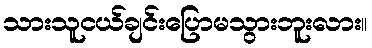
သားသူငယ်ချင်းပြောမသွားဘူးလား။